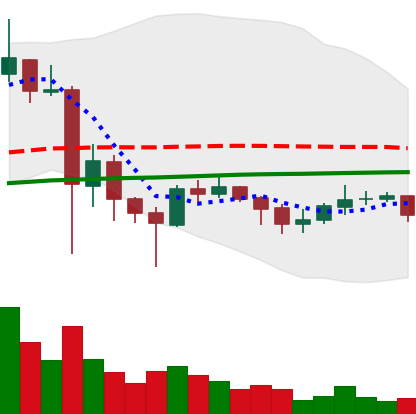
Ticker: XLM-USD
Chart end date: 2021-06-04
Forward return: -5.389%
Label: down_5_7